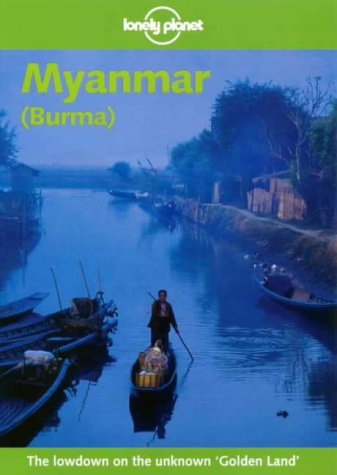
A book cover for Lonely Planet Myanmar Burma: Travel Survival Kit; Joe Cummings; Travel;